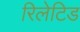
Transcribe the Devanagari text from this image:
रिलेटिड